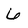
Character: 6